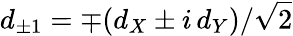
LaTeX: d_{\pm 1}=\mp(d_{X}\pm i\, d_{Y})/\sqrt{2}